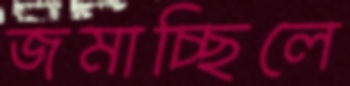
জমাচ্ছিলে